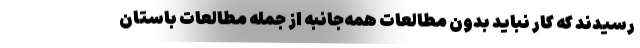
رسیدند که کار نباید بدون مطالعات همه‌جانبه از جمله مطالعات باستان